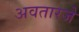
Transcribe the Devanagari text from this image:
अवतारजे